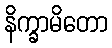
နိက္ခာမိတော